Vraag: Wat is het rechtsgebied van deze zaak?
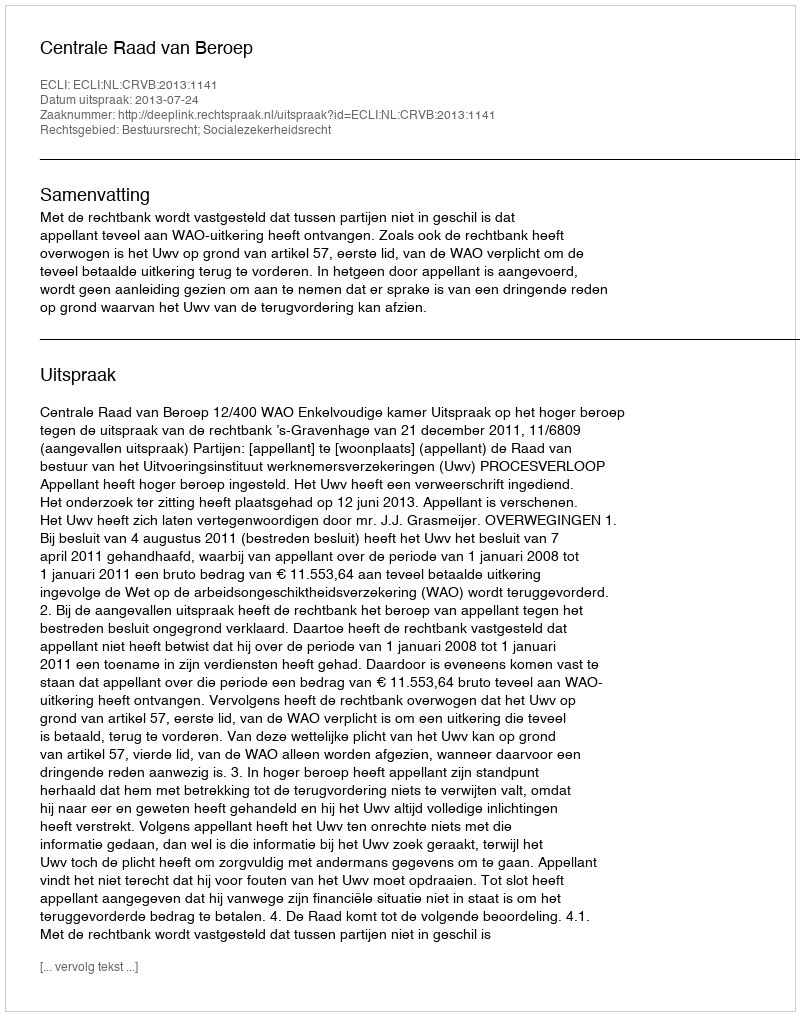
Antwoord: Bestuursrecht; Socialezekerheidsrecht